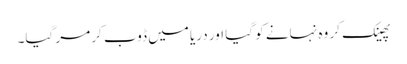
پھینک کر وہ نہانے کو گیا اور دریا میں ڈوب کر مر گیا۔